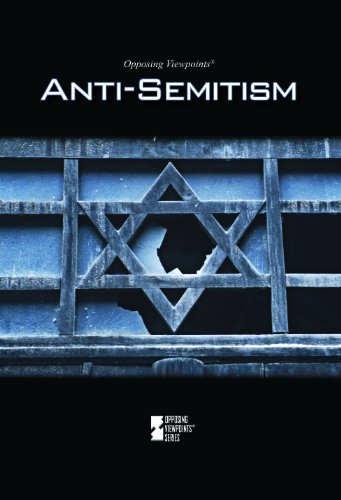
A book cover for Anti-Semitism (Opposing Viewpoints); Noah Berlatsky; Teen & Young Adult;